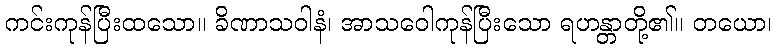
ကင်းကုန်ပြီးထသော။ ခိဏာသဝါနံ၊ အာသဝေါကုန်ပြီးသော ရဟန္တာတို့၏။ တယော၊